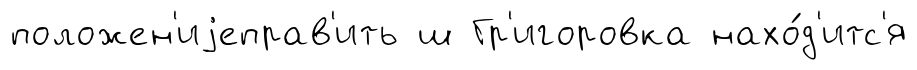
положен'иjеправ'ить ш Гр'игоровка нахо́д'итс'я